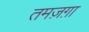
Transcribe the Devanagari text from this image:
तमज़ग़ा